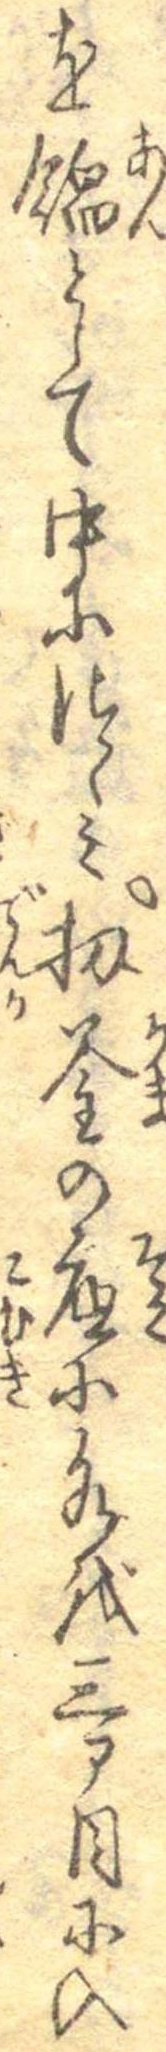
を餡として中につゝみ扨釜の底に水を三部目に入